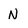
Character: N